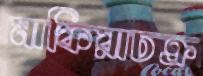
মাফিয়াচক্র